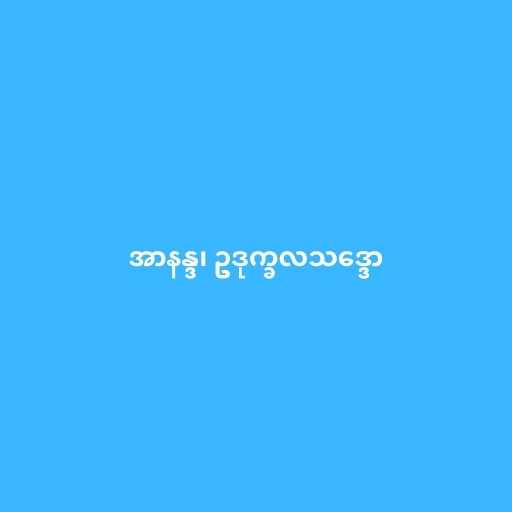
အာနန္ဒ၊ ဥဒုက္ခလသဒ္ဒော